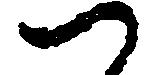
つ